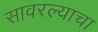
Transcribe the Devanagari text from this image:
सावरल्याचा